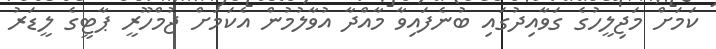
ކަމަށް މަޖިލީހުގެ ގަވާއިދުގައި ބުނެފައިވާ މާއްދާ އުވާލުމުން އެކަމަށް ޖުމްހޫރީ ޕާޓީގެ ލީޑަރު